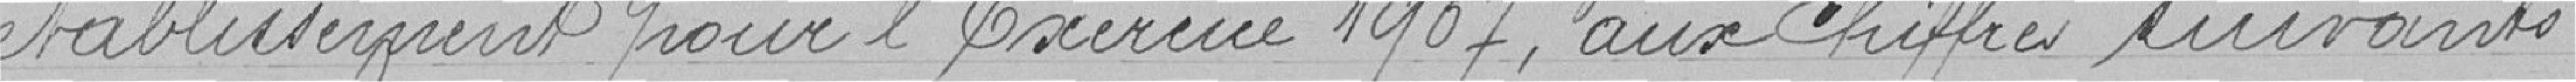
établissement pour l'Exercice 19907, aux chiffres suivants.